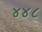
૪૪૮